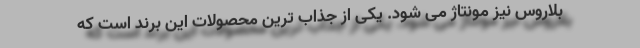
بلاروس نیز مونتاژ می شود. یکی از جذاب ترین محصولات این برند است که